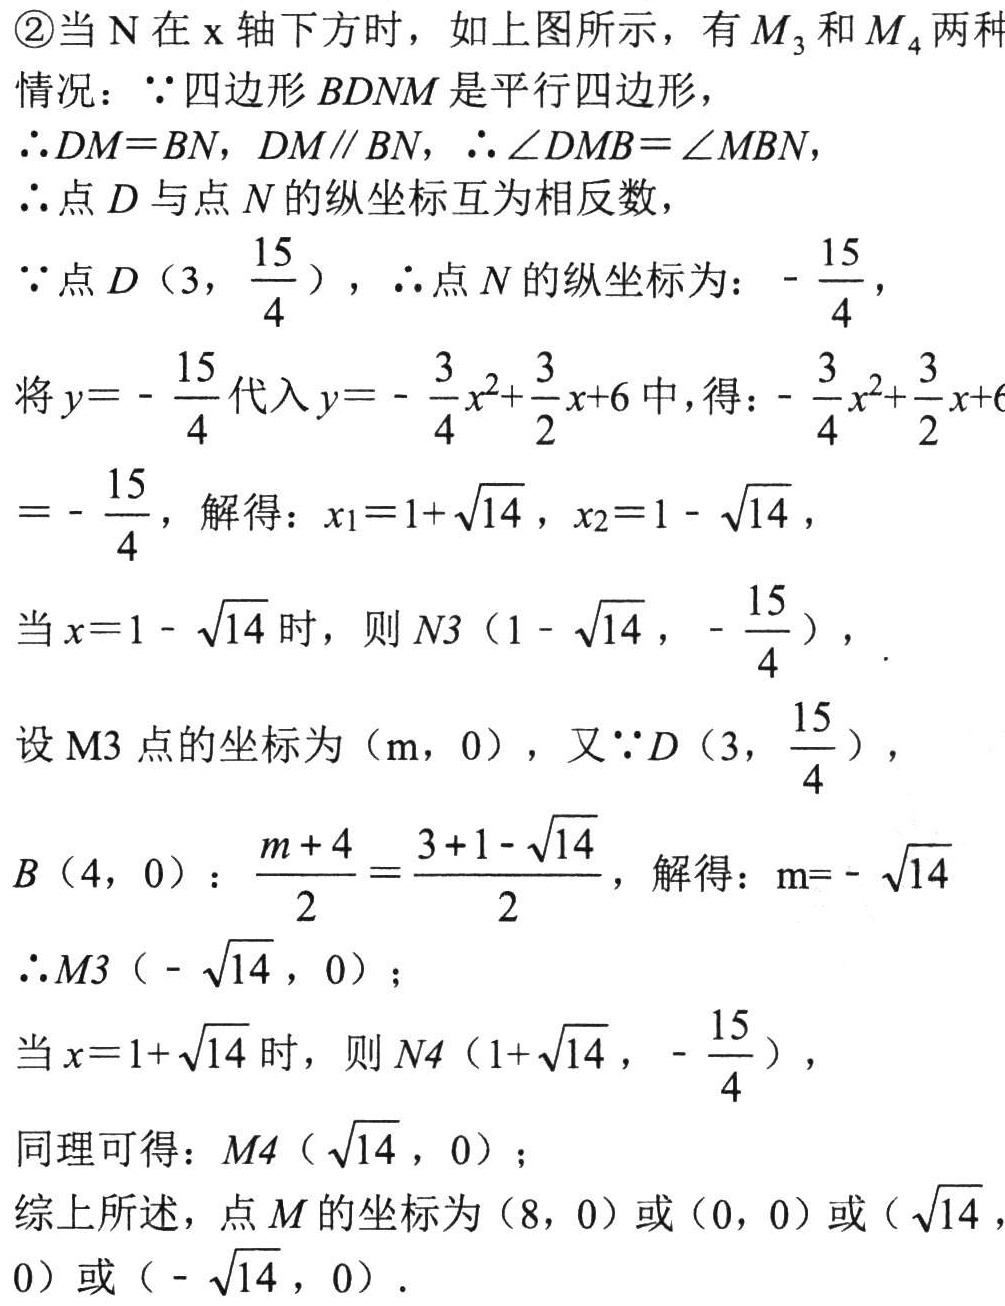
\textcircled{2}当\(N\)在\(x\)轴下方时，如上图所示，有\(M_{3}\)和\(M_{4}\)两种情况：\(\because\)四边形\(BDNM\)是平行四边形，
\(\therefore DM = BN\)，\(DM\parallel BN\)，\(\therefore\angle DMB=\angle MBN\)，
\(\therefore\)点\(D\)与点\(N\)的纵坐标互为相反数，
\(\because\)点\(D\left(3,\dfrac{15}{4}\right)\)，\(\therefore\)点\(N\)的纵坐标为：\(-\dfrac{15}{4}\)，
将\(y = -\dfrac{15}{4}\)代入\(y = -\dfrac{3}{4}x^{2}+\dfrac{3}{2}x + 6\)中，得：\(-\dfrac{3}{4}x^{2}+\dfrac{3}{2}x + 6\)
\(= -\dfrac{15}{4}\)，解得：\(x_{1}=1+\sqrt{14}\)，\(x_{2}=1 - \sqrt{14}\)，
当\(x = 1 - \sqrt{14}\)时，则\(N3\left(1 - \sqrt{14},-\dfrac{15}{4}\right)\)，
设\(M3\)点的坐标为\((m,0)\)，又\(\because D\left(3,\dfrac{15}{4}\right)\)，
\(B(4,0)\)：\(\dfrac{m + 4}{2}=\dfrac{3 + 1 - \sqrt{14}}{2}\)，解得：\(m = -\sqrt{14}\)
\(\therefore M3\left(-\sqrt{14},0\right)\)；
当\(x = 1+\sqrt{14}\)时，则\(N4\left(1+\sqrt{14},-\dfrac{15}{4}\right)\)，
同理可得：\(M4\left(\sqrt{14},0\right)\)；
综上所述，点\(M\)的坐标为\((8,0)\)或\((0,0)\)或\((\sqrt{14},0)\)或\(\left(-\sqrt{14},0\right)\)．